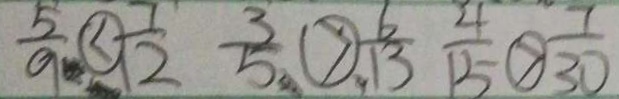
\frac { 5 } { 9 } \textcircled { < } \frac { 7 } { 1 2 } \frac { 3 } { 5 } \textcircled { > } \frac { 6 } { 1 3 } \frac { 4 } { 1 5 } \textcircled { > } \frac { 7 } { 3 0 }